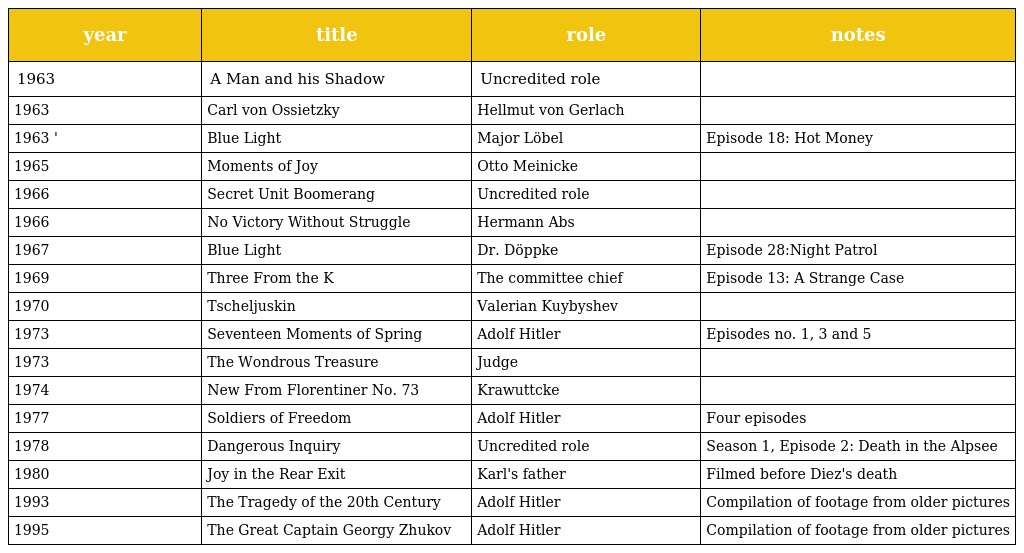
| year | title | role | notes |
 | --- | --- | --- | --- |
 | 1963 | A Man and his Shadow | Uncredited role |  |
 | 1963 | Carl von Ossietzky | Hellmut von Gerlach |  |
 | 1963 ' | Blue Light | Major Löbel | Episode 18: Hot Money |
 | 1965 | Moments of Joy | Otto Meinicke |  |
 | 1966 | Secret Unit Boomerang | Uncredited role |  |
 | 1966 | No Victory Without Struggle | Hermann Abs |  |
 | 1967 | Blue Light | Dr. Döppke | Episode 28:Night Patrol |
 | 1969 | Three From the K | The committee chief | Episode 13: A Strange Case |
 | 1970 | Tscheljuskin | Valerian Kuybyshev |  |
 | 1973 | Seventeen Moments of Spring | Adolf Hitler | Episodes no. 1, 3 and 5 |
 | 1973 | The Wondrous Treasure | Judge |  |
 | 1974 | New From Florentiner No. 73 | Krawuttcke |  |
 | 1977 | Soldiers of Freedom | Adolf Hitler | Four episodes |
 | 1978 | Dangerous Inquiry | Uncredited role | Season 1, Episode 2: Death in the Alpsee |
 | 1980 | Joy in the Rear Exit | Karl's father | Filmed before Diez's death |
 | 1993 | The Tragedy of the 20th Century | Adolf Hitler | Compilation of footage from older pictures |
 | 1995 | The Great Captain Georgy Zhukov | Adolf Hitler | Compilation of footage from older pictures |